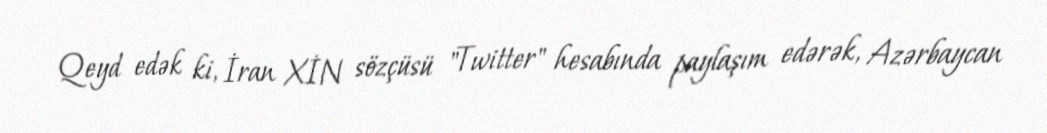
Qeyd edək ki, İran XİN sözçüsü "Twitter" hesabında paylaşım edərək, Azərbaycan